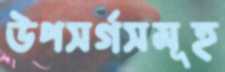
উপসর্গসমূহ